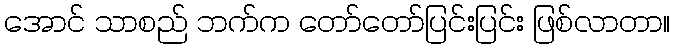
အောင် သာစည် ဘက်က တော်တော်ပြင်းပြင်း ဖြစ်လာတာ။